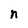
Character: n